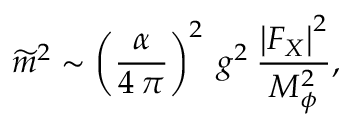
\widetilde { m } ^ { 2 } \sim \left( \frac { \alpha } { 4 \: \pi } \right) ^ { 2 } \: g ^ { 2 } \: \frac { \left| F _ { X } \right| ^ { 2 } } { M _ { \phi } ^ { 2 } } ,